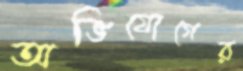
অভিযোগের